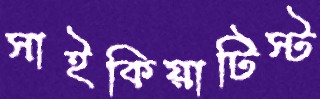
সাইকিয়াটিস্ট